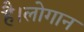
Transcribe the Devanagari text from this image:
है।लोगान